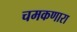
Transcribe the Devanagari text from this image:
चमकणारा